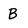
Character: B